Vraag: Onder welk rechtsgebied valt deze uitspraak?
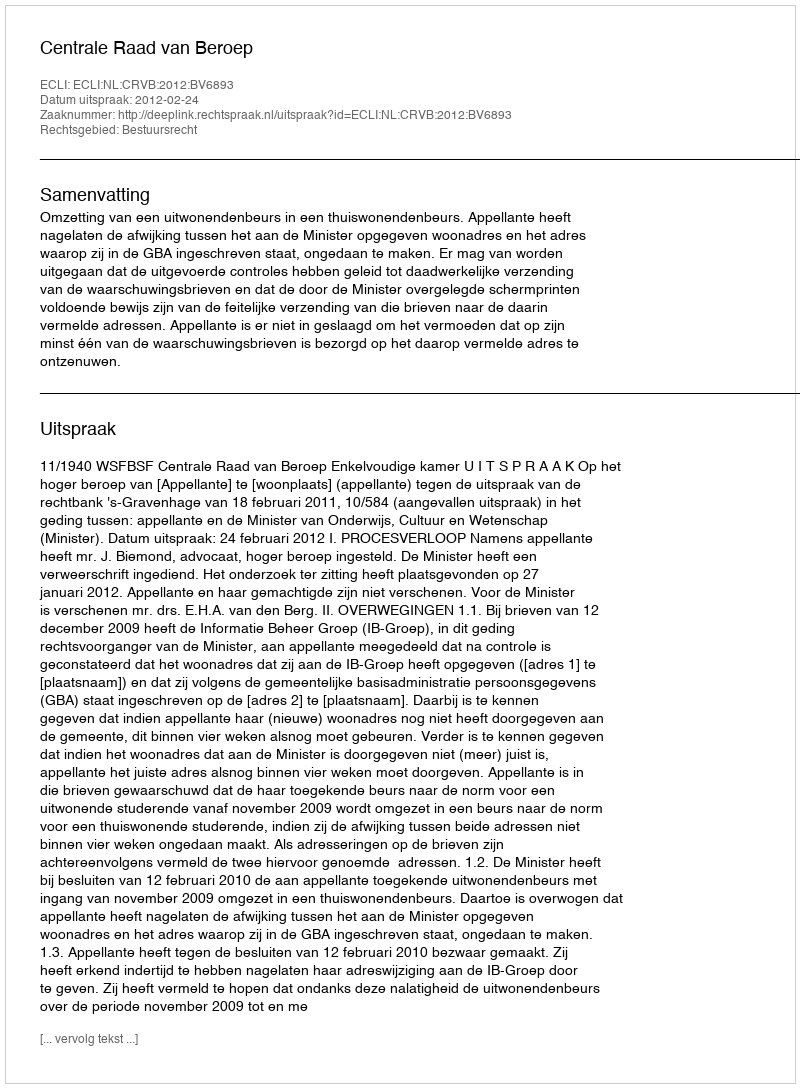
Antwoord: Bestuursrecht